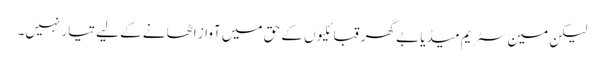
لیکن مین سٹریم میڈیا بے گھر قبائلیوں کے حق میں آواز اٹھانے کے لیے تیار نہیں۔